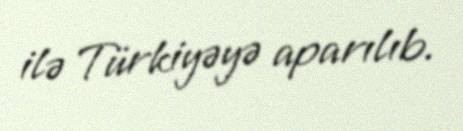
ilə Türkiyəyə aparılıb.